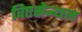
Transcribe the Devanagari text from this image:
विएसेन्थल